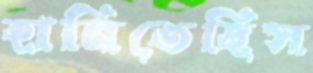
হানিতেছিস